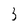
Character: 3